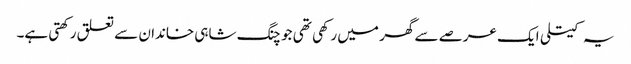
یہ کیتلی ایک عرصے سے گھر میں رکھی تھی جو چنگ شاہی خاندان سے تعلق رکھتی ہے۔